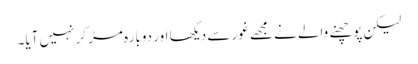
لیکن پوچھنے والے نے مجھے غور سے دیکھا اور دوبارہ مڑ کر نہیں آیا۔